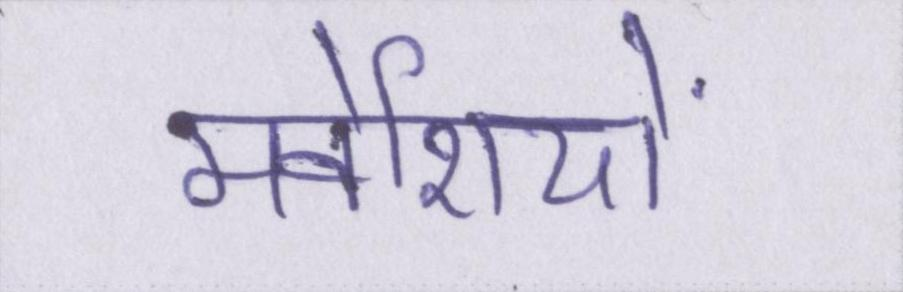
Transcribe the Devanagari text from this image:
मवेशियों